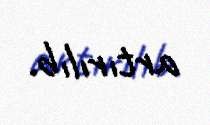
artırılıb.